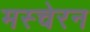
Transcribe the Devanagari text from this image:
मस्चेरन